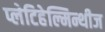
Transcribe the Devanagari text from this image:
प्लेटिहेल्मिन्थीज